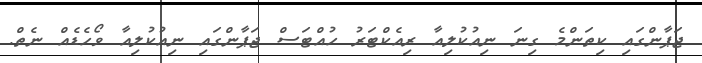
ޖަޕާންގައި ކިތަންމެ ގިނަ ނިއުކުލިއާ ރިއެކްޓަރު ހުއްޓަސް ޖަޕާންގައި ނިއުކުލިއާ ވޯހެޑެއް ނެތް.